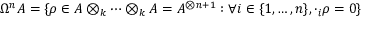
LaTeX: \Omega ^ { n } A = \{ \rho \in A \otimes _ { k } \cdots \otimes _ { k } A = A ^ { \otimes n + 1 } : \forall i \in \{ 1 , \ldots , n \} , \cdot _ { i } \rho = 0 \}